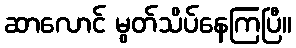
ဆာလောင် မွတ်သိပ်နေကြပြီ။